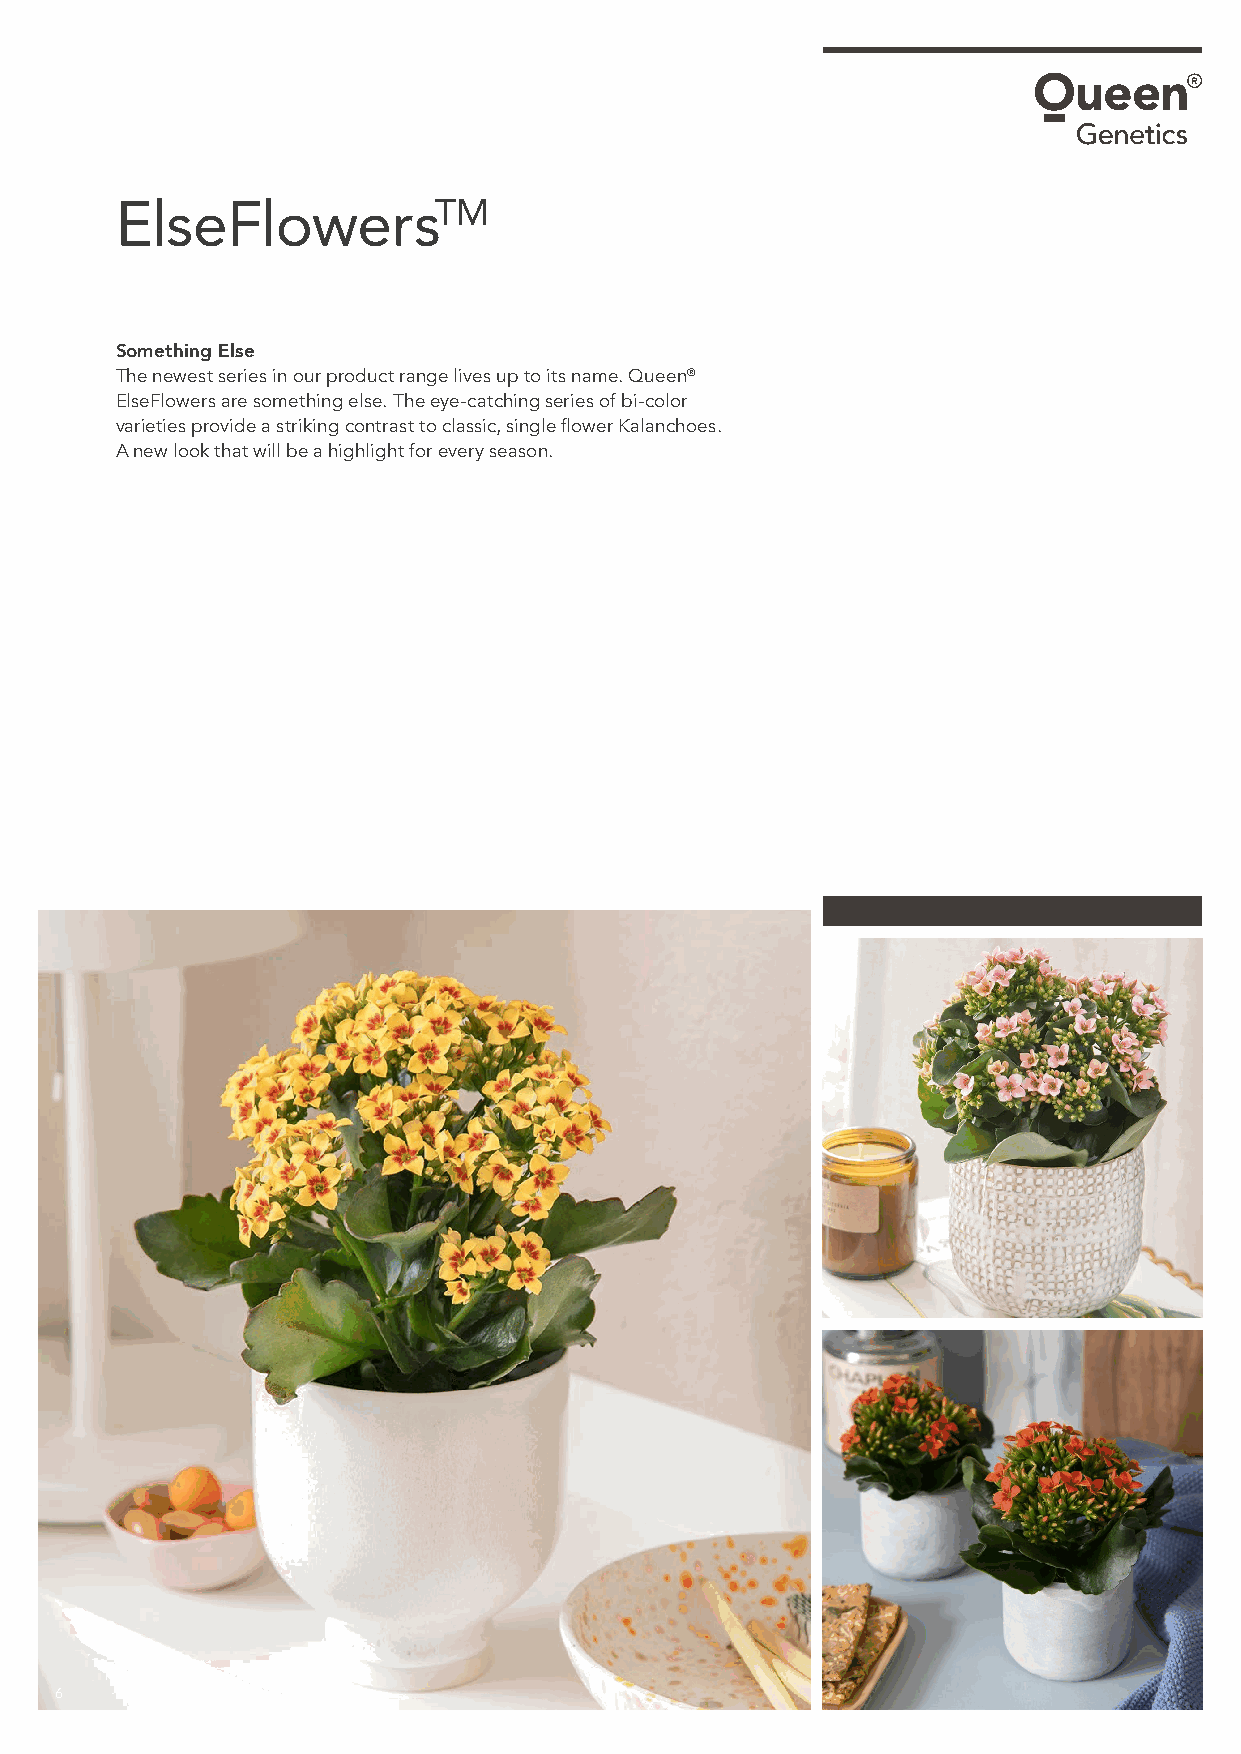
ElseFlowersTM
 Something Else
 The newest series in our product range lives up to its name. Queen®
 ElseFlowers are something else. The eye-catching series of bi-color
 varieties provide a striking contrast to classic, single flower Kalanchoes.
 A new look that will be a highlight for every season.
 6